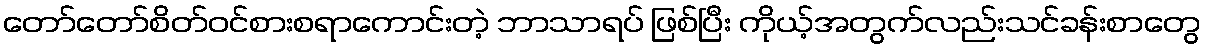
တော်တော်စိတ်ဝင်စားစရာကောင်းတဲ့ ဘာသာရပ် ဖြစ်ပြီး ကိုယ့်အတွက်လည်းသင်ခန်းစာတွေ